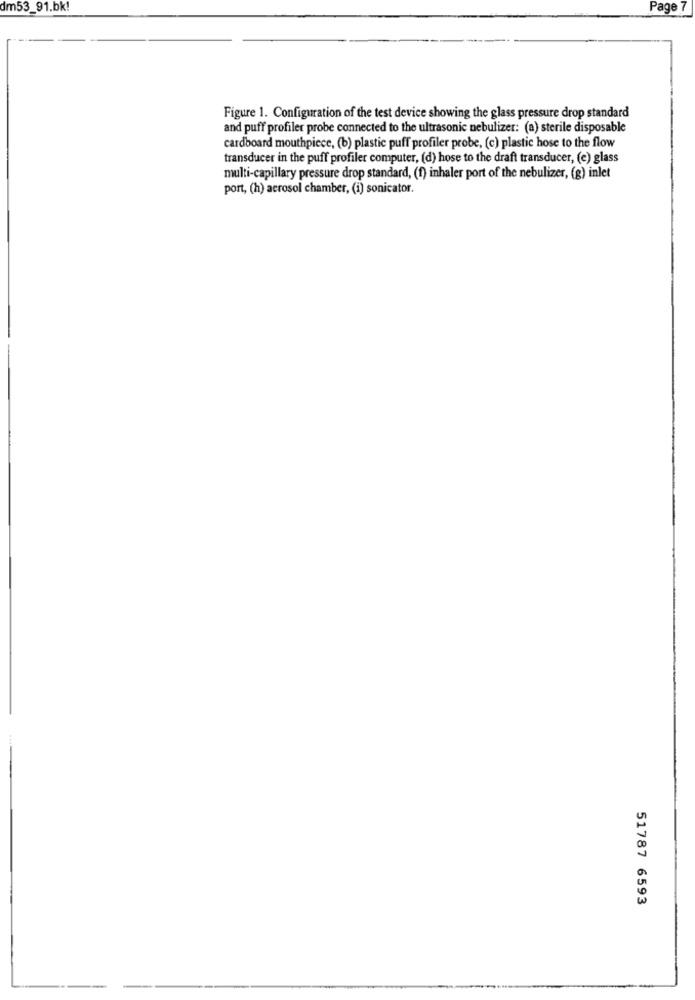
dm53_91.bk!
Page 7
Figure 1. Configuration of the test device showing the glass pressure drop standard
and puff profiler probe connected to the ultrasonic nebulizer: (a) sterile disposable
cardboard mouthpiece, (b) plastic puff profiler probe, (c) plastic hose to the flow
transducer in the puff profiler computer, (d) hose to the draft transducer, (e) glass
multi-capillary pressure drop standard, (f) inhaler port of the nebulizer, (g) inlet
port, (h) aerosol chamber, (i) sonicator.
51787 6593